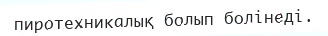
пиротехникалық болып болінеді.